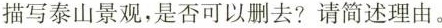
描写泰山景观，是否可以删去?请简述理由。